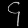
Digit: ၄